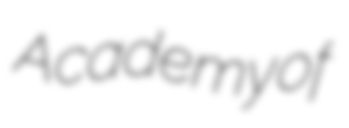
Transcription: Academy of